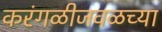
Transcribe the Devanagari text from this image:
करंगळीजवळच्या